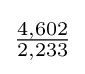
{\tfrac {4,602}{2,233}}